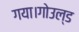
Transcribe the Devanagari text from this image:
गया।गोउल्‍ड